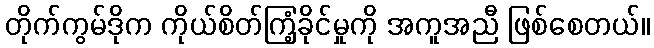
တိုက်ကွမ်ဒိုက ကိုယ်စိတ်ကြံ့ခိုင်မှုကို အကူအညီ ဖြစ်စေတယ်။